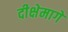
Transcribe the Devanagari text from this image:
दीक्षेमागे